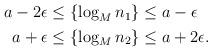
LaTeX: \begin{align*} \begin{aligned} a - 2\epsilon &\leq \{\log_M n_1\} \leq a - \epsilon\\ a + \epsilon &\leq \{\log_M n_2\} \leq a + 2\epsilon. \end{aligned} \end{align*}